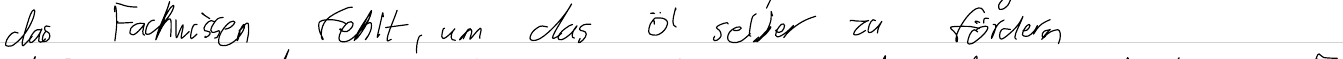
das Fachwissen fehlt, um das Öl selber zu fördern